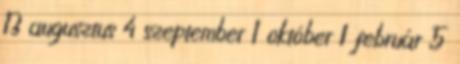
13 augusztus 4 szeptember 1 október 1 február 5